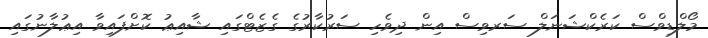
މޯލްޑިވްސް ކަރެކްޝަނަލް ސަރވިސް އިން ދިވެހި ސަރުކާރުގެ ގެޒެޓްގައި ޝާއިޢު ކޮށްފައިވާ އިޢުލާނުގައި